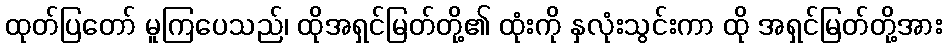
ထုတ်ပြတော် မူကြပေသည်၊ ထိုအရှင်မြတ်တို့၏ ထုံးကို နှလုံးသွင်းကာ ထို အရှင်မြတ်တို့အား